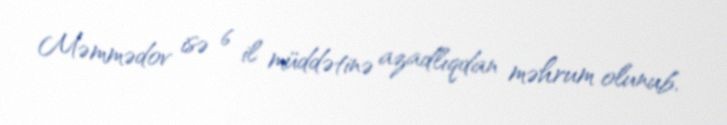
Məmmədov isə 6 il müddətinə azadlıqdan məhrum olunub.